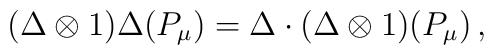
(\Delta \otimes 1) \Delta(P_{\mu}) = \Delta \cdot (\Delta  \otimes 1)(P_\mu )\, ,